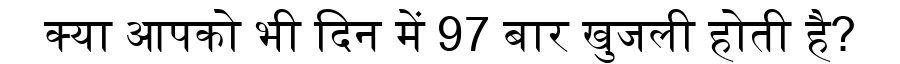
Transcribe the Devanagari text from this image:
क्या आपको भी दिन में 97 बार खुजली होती है?